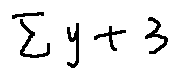
\sum y + 3